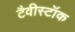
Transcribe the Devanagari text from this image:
टैवीस्टॉक